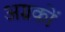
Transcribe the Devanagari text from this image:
अग्रकों